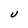
Character: U